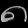
Digit: ၈